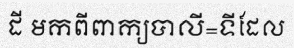
ដី មកពីពាក្យបាលី=ទីដែល